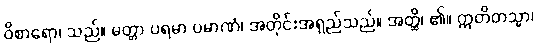
ဝိစာရော၊ သည်။ မတ္တာ ပရမာ ပမာဏံ၊ အတိုင်းအရှည်သည်။ အတ္ထိ၊ ၏။ ဣတိတသ္မာ၊